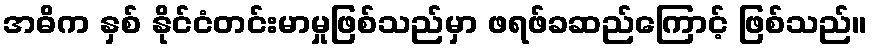
အဓိက နှစ် နိုင်ငံတင်းမာမှုဖြစ်သည်မှာ ဖရဖ်ခဆည်ကြောင့် ဖြစ်သည်။